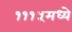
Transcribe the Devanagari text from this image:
१११५मध्ये